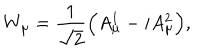
LaTeX: W _ { \mu } = \frac { 1 } { \sqrt { 2 } } \Big ( A _ { \mu } ^ { 1 } - i A _ { \mu } ^ { 2 } \Big ) ,